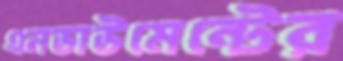
এনডাউমেন্টের